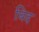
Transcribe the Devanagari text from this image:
घिद